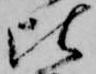
比